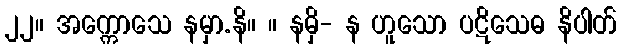
၂၂။ အက္ကောသေ နမှာ.နိ။ ။ နမှိ- န ဟူသော ပဋိသေဓ နိပါတ်